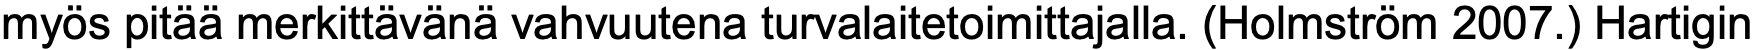
myös pitää merkittävänä vahvuutena turvalaitetoimittajalla. (Holmström 2007.) Hartigin